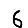
Digit: 6